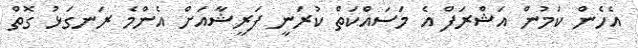
އެހެން ކަމުން އަޝްރަފް އެ މަސައްކަތް ކުރަނީ ފަރީޝާއަށް އެންމެ ރަނގަޅު ގޮތް